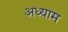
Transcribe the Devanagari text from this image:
अध्याम